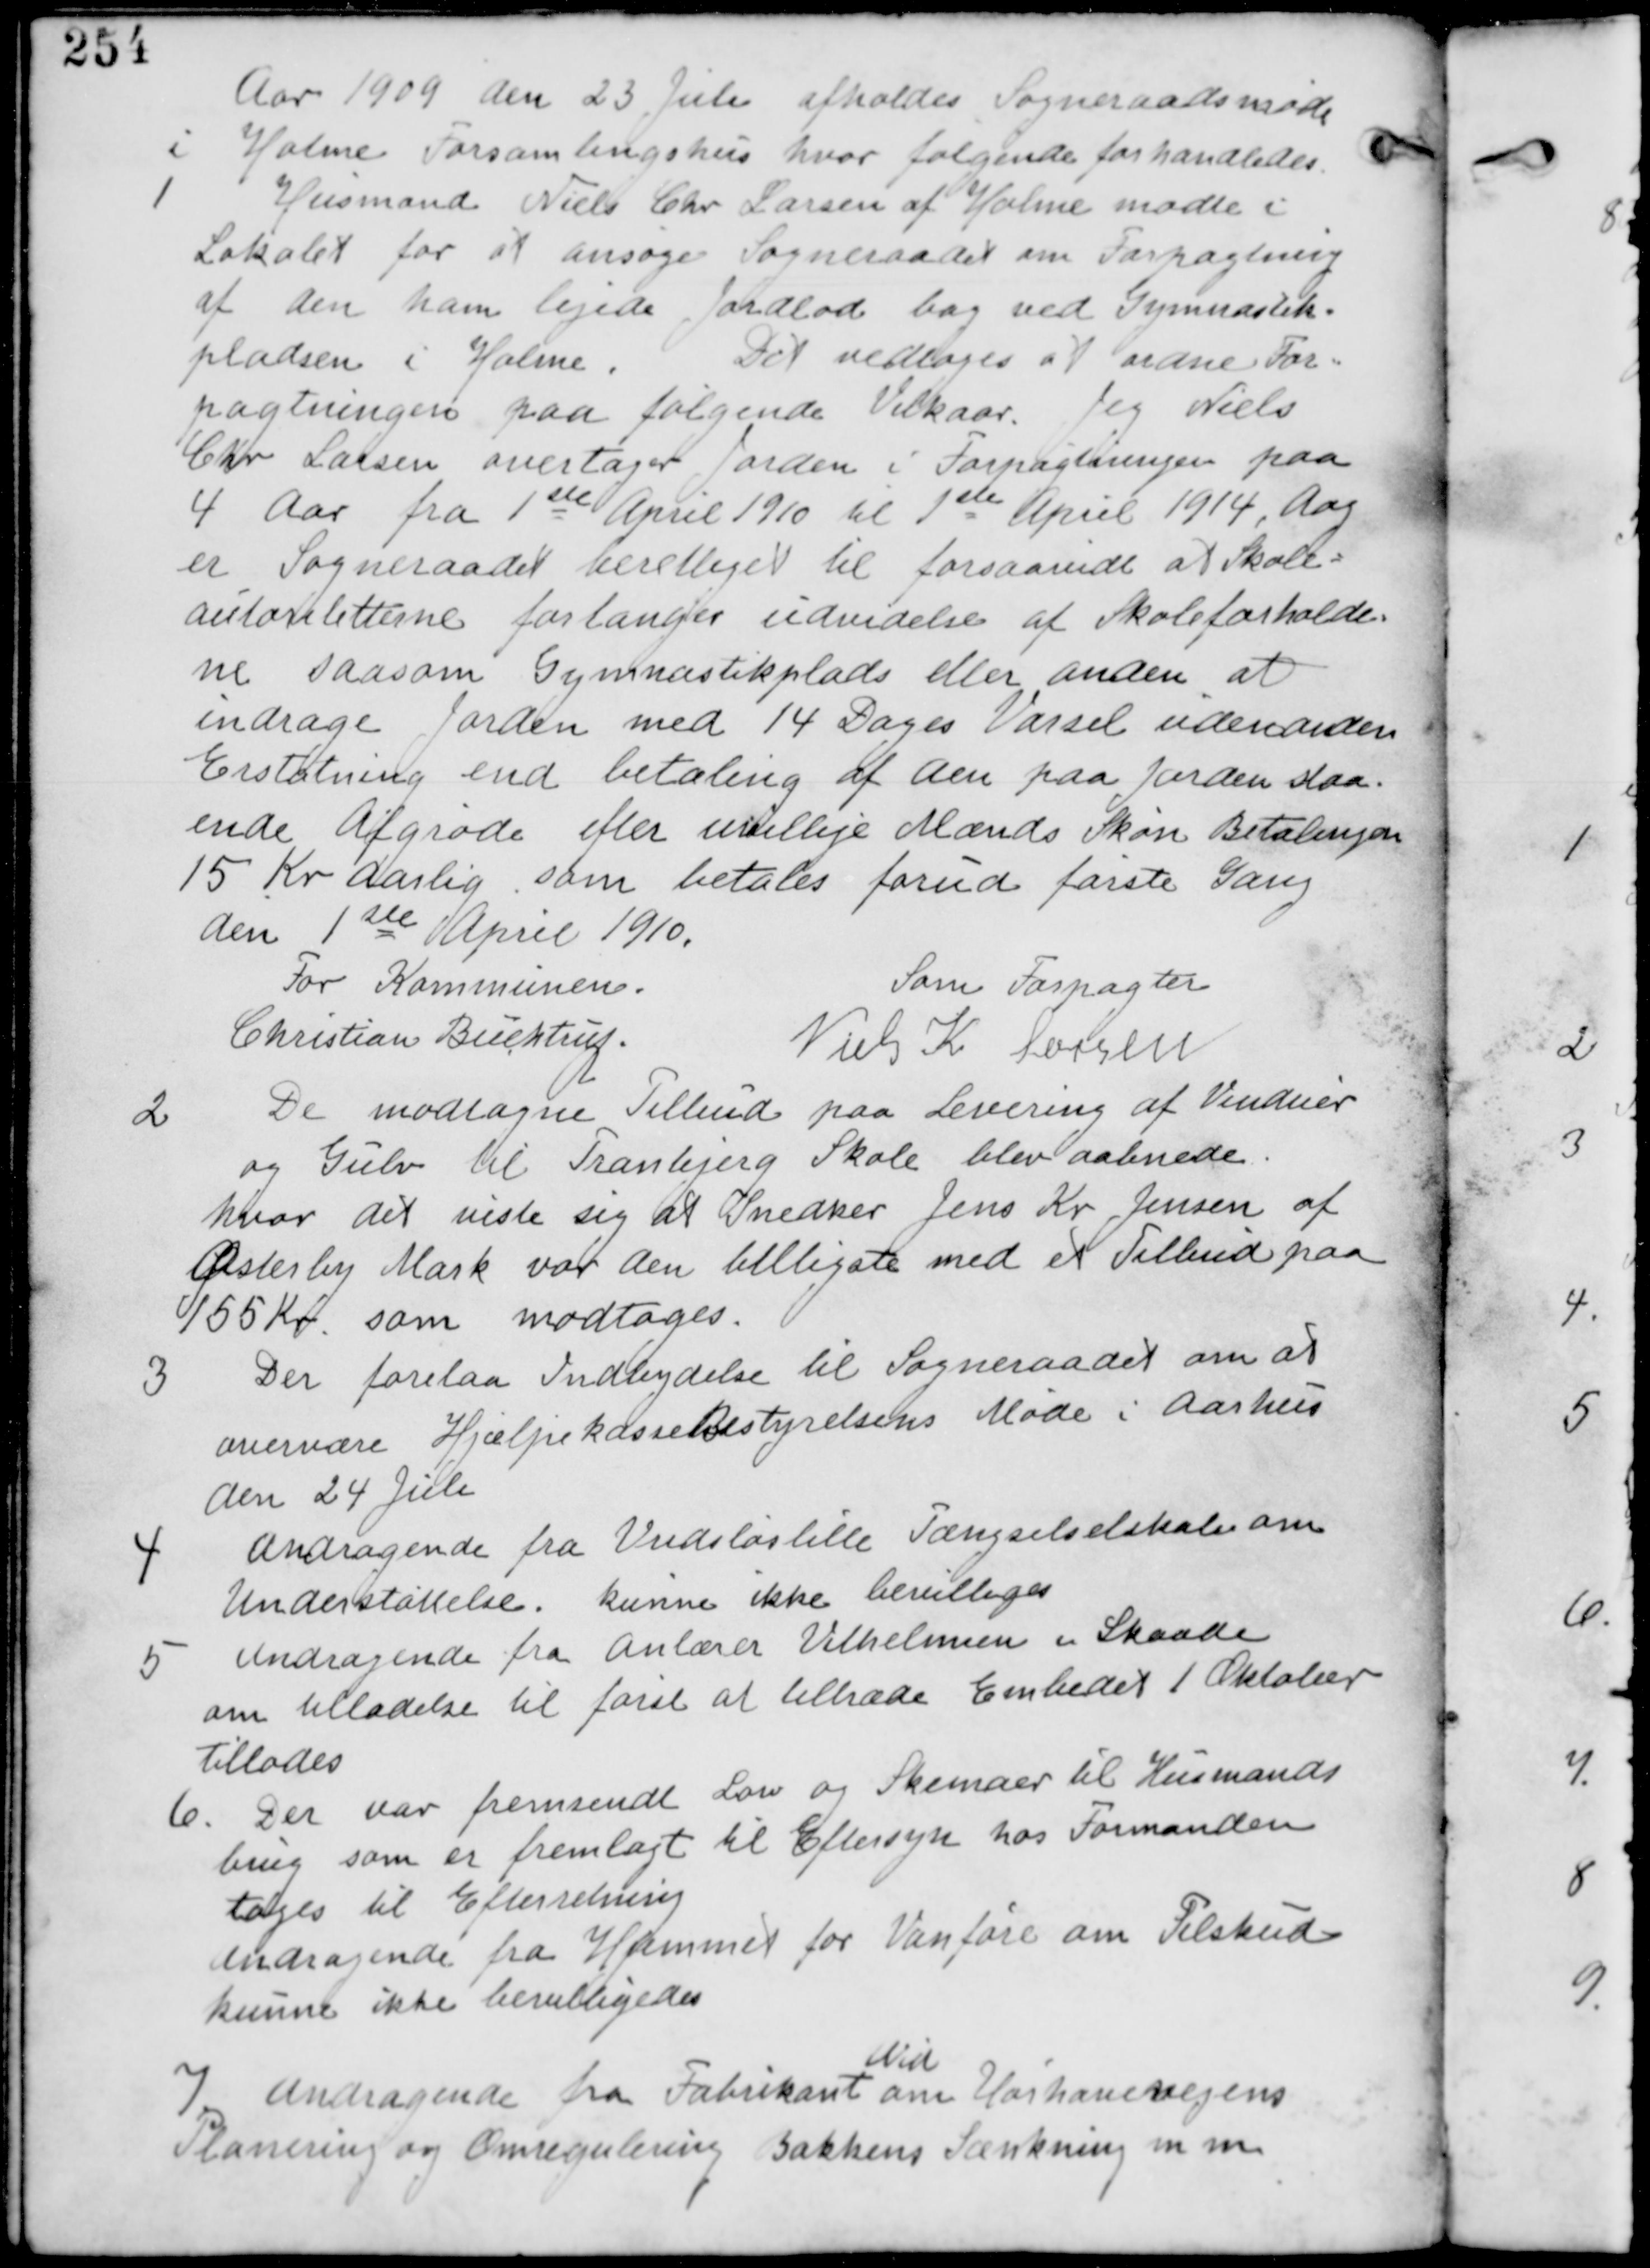
Transskription:
Aar 1909 den 23 Juli afholdes Sogneraadsmøde
i
Holme Forsamlingshus hvor følgende forhandledes.

1
Husmand Niels Chr Larsen af Holme mødte i
Lokalet for at ansøge Sogneraadet om Forpagtning
af den ham lejede Jordlod bag ved Gymnastik-
pladsen i Holme. Det vedtages at ordne For-
pagtningen paa følgende Vilkaar. Jeg Niels
Chr Larsen overtager Jorden i Forpagtningen paa
4 Aar fra 1ste April 1910 til 1ste April 1914, Dog
er Sogneraadet berettiget til forsaavidt at Skole-
autoriteterne forlanger udvidelse af Skoleforholde
ne saasom Gymnastikplads eller anden at
indrage Jorden med 14 Dages Varsel uden anden
Erstatning end betaling af den paa orden staa-
ende Afgrøde efter uvillige Mænds Skøn Betalingen
15 Kr Aarlig som betales forud første Gang
den 1ste April 1910.
For Kommunen
Christian Buchtrup
Som Forpagter
Niels K Larsen

2
De modtagne Tilbud paa Levering af Vinduer
og Gulv til Tranbjerg Skole blev aabnede
hvor det viste sig at Snedker Jens Kr Jensen af
Østerby Mark var den billigste med et Tilbud paa
155 Kr. som modtages.

3
Der Forelaa Indbydelse til Sogneraadet om at
overvære Hjælpekasse Bestyrelsens Møde i Aarhus
den 24 Juli

4
Andragende fra Vridløselille Fængselselskab om
Understøttelse. kunne ikke bevilliges

5 Andragende fra Anlærer Vilhelmsen i Skaade
om tilladelse til først at tiltræde Embedet 1 Oktober
tillades

6. Der var fremsendt Lov og Skemaer til Husmands
brug som er fremlagt til Eftersyn hos Formanden
tages til Efterretning.
Andragende fra Hjemmet for Vanføre om Tilskud
kunne ikke bevilliges

7
Andragende fra Fabrikant
Wid
om Hørhavevejens
Planering og Omregulering Bakkens Sænkning m m.